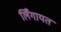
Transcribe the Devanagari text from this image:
लिँगायत